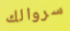
سروالك